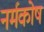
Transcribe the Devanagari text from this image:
नर्मकोष